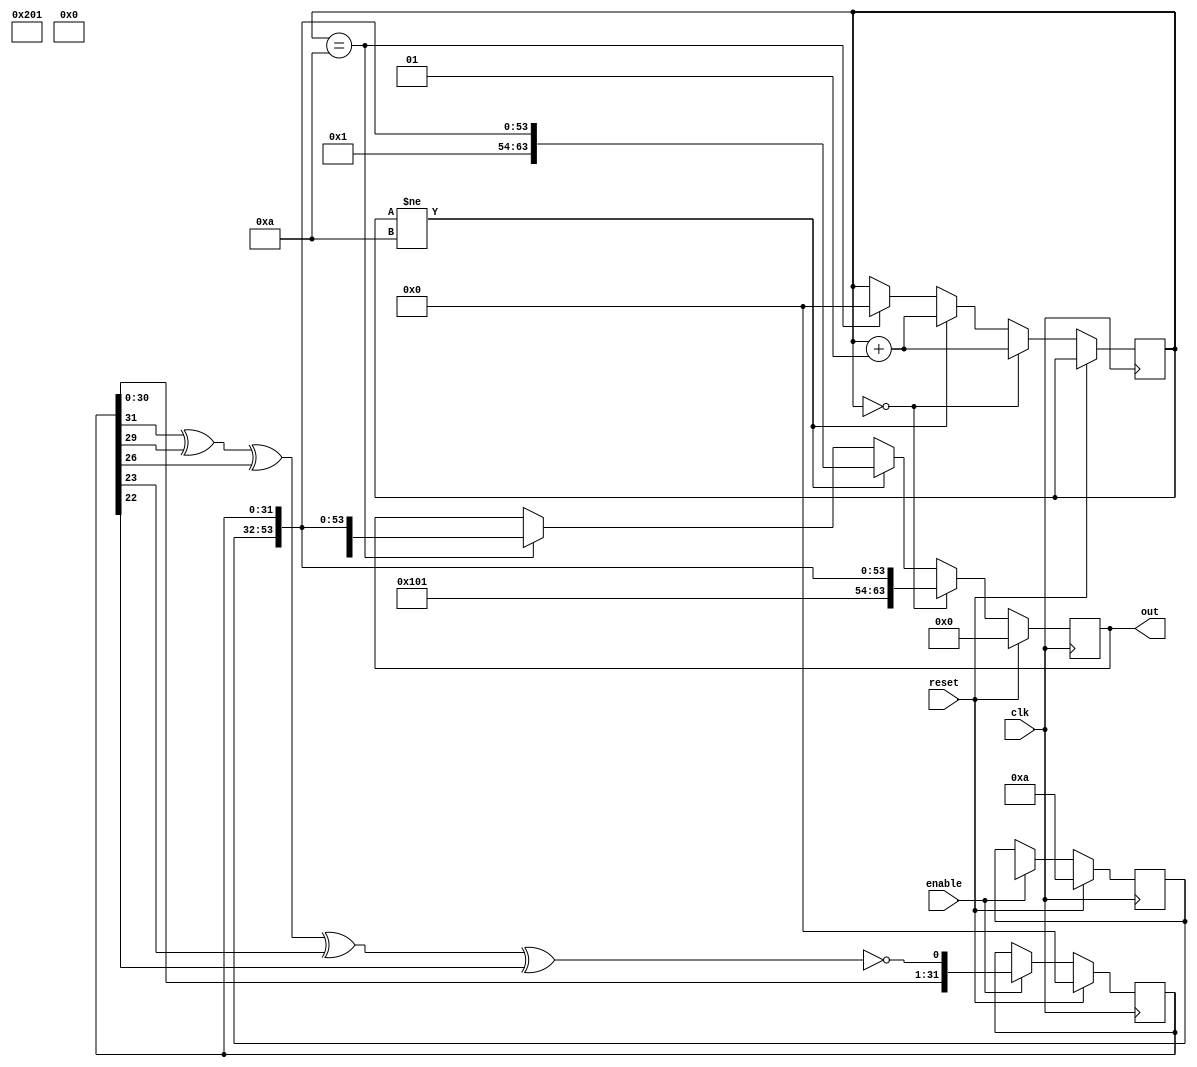
`timescale 1ns / 1ps
//////////////////////////////////////////////////////////////////////////////////
// Company: 
// Engineer: 
// 
// Design Name: 
// Module Name:    traffic 
// Project Name: 
// Target Devices: 
// Tool versions: 
// Description: 
//
// Dependencies: 
//
// Revision: 
// Revision 0.01 - File Created
// Additional Comments: 
//
//////////////////////////////////////////////////////////////////////////////////
module traffic(out             ,  // Output of the counter
enable          ,  // Enable  for counter
clk             ,  // clock input
reset              // reset input
);

//----------Output Ports--------------
output [63:0] out;
//------------Input Ports--------------
//input [7:0] data;
input enable, clk, reset;
//------------Internal Variables--------
reg [63:0] out;
reg [31:0] out1;
wire        linear_feedback;
//wire [3:0] source_address;
wire [1:0] flit_type;
wire [1:0] flit_type1;
wire [1:0] flit_type2;
wire [7:0] destination_adress;
reg [21:0] time_stamp;
reg [1:0] count=2'b00;
integer g=0;
//wire soure_port;
//wire dest_port;

//-------------Code Starts Here-------
assign linear_feedback = !(out1[31]^out1[29]^out1[26]^out1[23]^out1[22]);
assign flit_type=2'b01;
assign flit_type1=2'b00;
assign flit_type2=2'b10;
assign destination_adress=8'b00000001;
//assign time_stamp=$time;

always @(posedge clk)
if (reset) begin // active high reset
  out1 <= 32'b00000000 ;
  time_stamp<=21'b000000000000000001010;
end else if (enable) begin
  out1 <= {out1[30:0], linear_feedback}; //, source_address, destination_adress };
  time_stamp<=$time;
  $display(" decimal %d", time_stamp);
  $display("binary %b", time_stamp);
end 
/*
always @(*) begin
 counter_next = counter_next + 1;
end */

always @(posedge clk)
if (reset) begin
out<=64'b0000000000000000000000;
end
else if(g==0)
begin 
out<={flit_type, destination_adress, time_stamp, out1}; 
$display("head generated %b", flit_type);
//$display("head number %b", out[63:62]);
g=g+1;
//$display("first count value %b", count);
end
else if(g!=10) begin
out<={flit_type1, destination_adress, time_stamp, out1}; 
$display("body generated %b", flit_type1);
//$display(" last 63 62 61 bits number %b", out[63:62]);
g=g+1;
//$display("value of g %d", g);
//counter_next=counter;
//$display("second count value %b", count);
end 
else if(g==10)
begin
out<={flit_type2, destination_adress, time_stamp, out1}; 
$display("tail generated %b", flit_type2);
//$display("count3 tail %b", time_stamp);
//$display("value of in tail g %d", g);
//$display(" last 63 62 61 bits number %b", out[63:62]);
g=0;
//#30; $finish;
//break;
end
endmodule // End Of Module counter